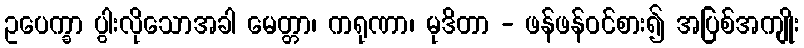
ဥပေက္ခာ ပွါးလိုသောအခါ မေတ္တာ၊ ကရုဏာ၊ မုဒိတာ - ဖန်ဖန်ဝင်စား၍ အပြစ်အကျိုး